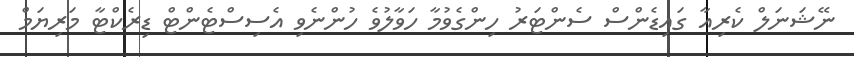
ނޭޝަނަލް ކެރިއާ ގައިޑެންސް ސެންޓަރު ހިންގެވުމާ ހަވާލުވެ ހުންނެވި އެސިސްޓެންޓް ޑިރެކްޓާ މަރިޔަމް